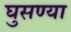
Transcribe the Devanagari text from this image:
घुसण्या